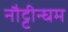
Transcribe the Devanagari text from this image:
नौट्टीन्घम